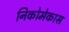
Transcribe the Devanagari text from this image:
निकोमेकास